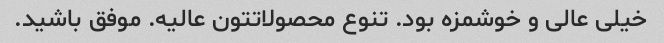
خیلی عالی و خوشمزه بود. تنوع محصولاتتون عالیه. موفق باشید.